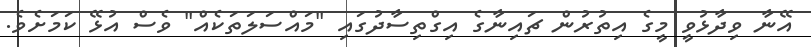
އޭނާ ވިދާޅުވީ މީގެ އިތުރުން ޗައިނާގެ އިގްތިސާދުގައި "މައްސަލަތަކެއް" ވެސް އުޅޭ ކަމަށެވެ.